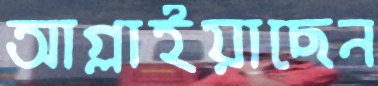
আগ্‌লাইয়াছেন